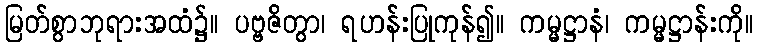
မြတ်စွာဘုရားအထံ၌။ ပဗ္ဗဇိတွာ၊ ရဟန်းပြုကုန်၍။ ကမ္မဋ္ဌာနံ၊ ကမ္မဋ္ဌာန်းကို။